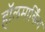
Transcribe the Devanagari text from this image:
हॉलमार्किंग